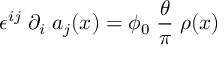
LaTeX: \epsilon ^ { i j } \; \partial _ { i } \; a _ { j } ( x ) = \phi _ { 0 } \; \frac { \theta } { \pi } \; \rho ( x )